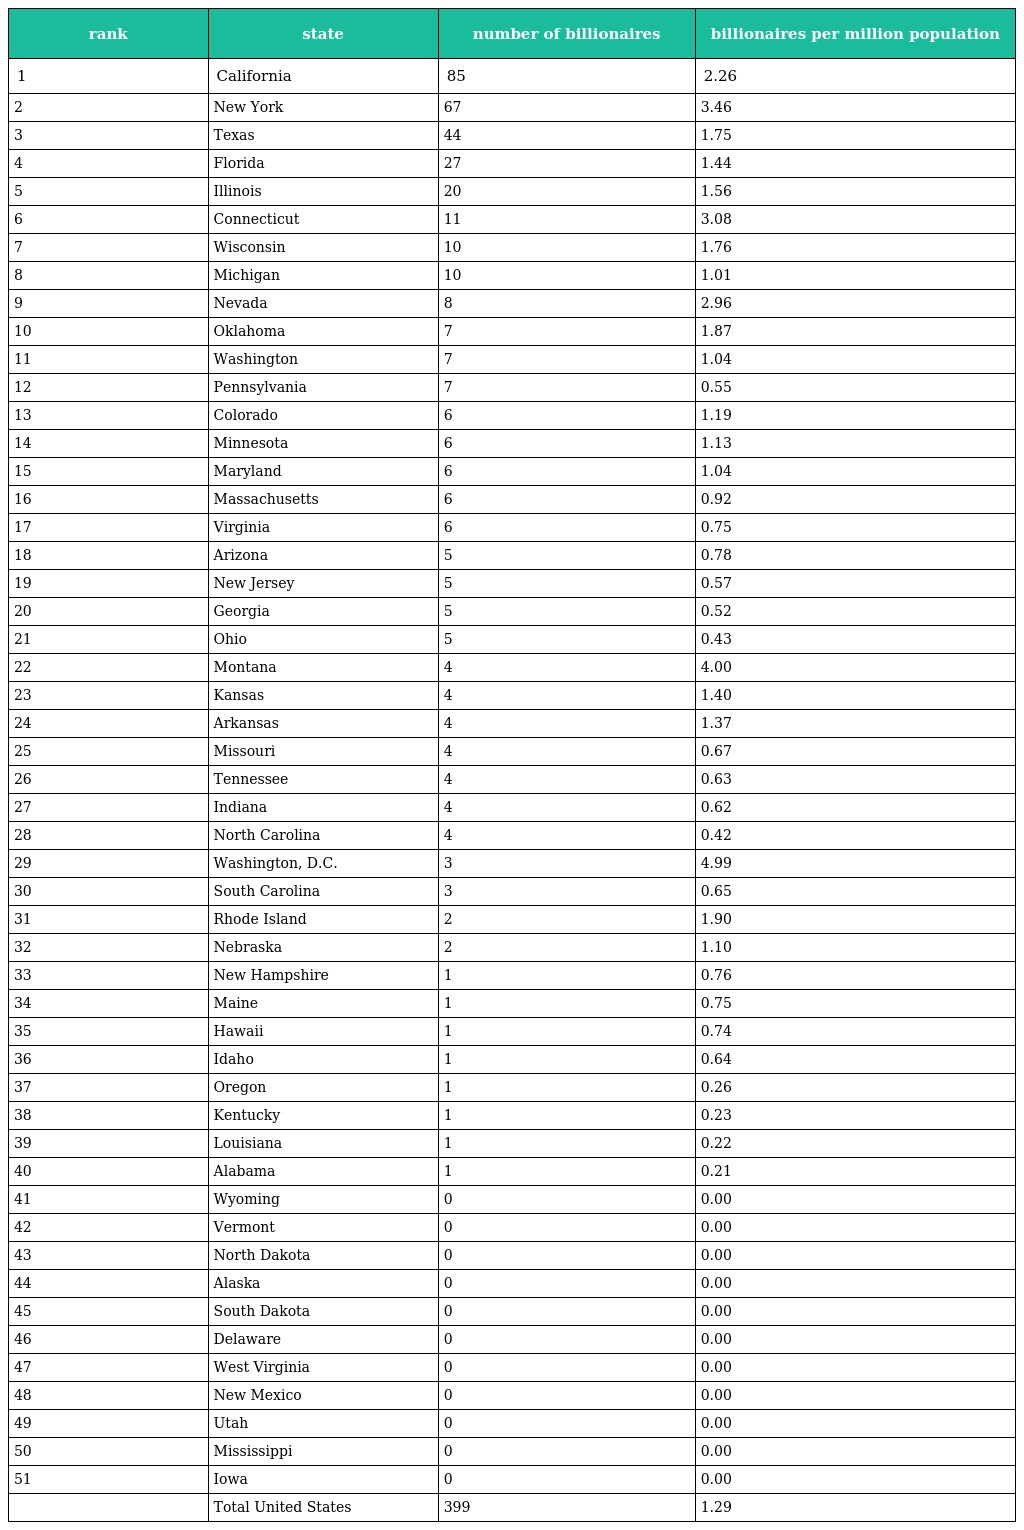
| rank | state | number of billionaires | billionaires per million population |
 | --- | --- | --- | --- |
 | 1 | California | 85 | 2.26 |
 | 2 | New York | 67 | 3.46 |
 | 3 | Texas | 44 | 1.75 |
 | 4 | Florida | 27 | 1.44 |
 | 5 | Illinois | 20 | 1.56 |
 | 6 | Connecticut | 11 | 3.08 |
 | 7 | Wisconsin | 10 | 1.76 |
 | 8 | Michigan | 10 | 1.01 |
 | 9 | Nevada | 8 | 2.96 |
 | 10 | Oklahoma | 7 | 1.87 |
 | 11 | Washington | 7 | 1.04 |
 | 12 | Pennsylvania | 7 | 0.55 |
 | 13 | Colorado | 6 | 1.19 |
 | 14 | Minnesota | 6 | 1.13 |
 | 15 | Maryland | 6 | 1.04 |
 | 16 | Massachusetts | 6 | 0.92 |
 | 17 | Virginia | 6 | 0.75 |
 | 18 | Arizona | 5 | 0.78 |
 | 19 | New Jersey | 5 | 0.57 |
 | 20 | Georgia | 5 | 0.52 |
 | 21 | Ohio | 5 | 0.43 |
 | 22 | Montana | 4 | 4.00 |
 | 23 | Kansas | 4 | 1.40 |
 | 24 | Arkansas | 4 | 1.37 |
 | 25 | Missouri | 4 | 0.67 |
 | 26 | Tennessee | 4 | 0.63 |
 | 27 | Indiana | 4 | 0.62 |
 | 28 | North Carolina | 4 | 0.42 |
 | 29 | Washington, D.C. | 3 | 4.99 |
 | 30 | South Carolina | 3 | 0.65 |
 | 31 | Rhode Island | 2 | 1.90 |
 | 32 | Nebraska | 2 | 1.10 |
 | 33 | New Hampshire | 1 | 0.76 |
 | 34 | Maine | 1 | 0.75 |
 | 35 | Hawaii | 1 | 0.74 |
 | 36 | Idaho | 1 | 0.64 |
 | 37 | Oregon | 1 | 0.26 |
 | 38 | Kentucky | 1 | 0.23 |
 | 39 | Louisiana | 1 | 0.22 |
 | 40 | Alabama | 1 | 0.21 |
 | 41 | Wyoming | 0 | 0.00 |
 | 42 | Vermont | 0 | 0.00 |
 | 43 | North Dakota | 0 | 0.00 |
 | 44 | Alaska | 0 | 0.00 |
 | 45 | South Dakota | 0 | 0.00 |
 | 46 | Delaware | 0 | 0.00 |
 | 47 | West Virginia | 0 | 0.00 |
 | 48 | New Mexico | 0 | 0.00 |
 | 49 | Utah | 0 | 0.00 |
 | 50 | Mississippi | 0 | 0.00 |
 | 51 | Iowa | 0 | 0.00 |
 |  | Total United States | 399 | 1.29 |